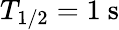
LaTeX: T_{1/2}=1\ \mathrm{s}